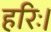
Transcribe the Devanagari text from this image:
हरिः।